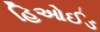
હિઓઈડ